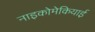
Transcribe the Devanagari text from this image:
नाइकोमेकियाई